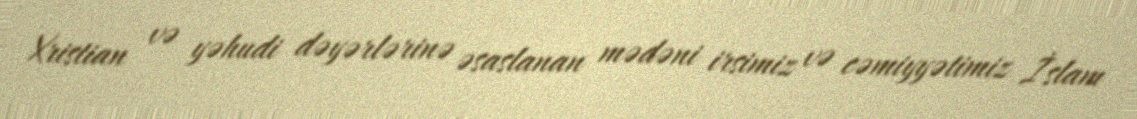
Xristian və yəhudi dəyərlərinə əsaslanan mədəni irsimiz və cəmiyyətimiz İslam